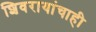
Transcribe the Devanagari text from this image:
शिवरायांचाही